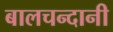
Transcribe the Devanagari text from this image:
बालचन्दानी